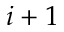
i + 1